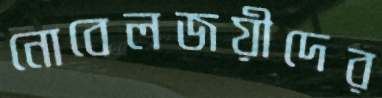
নোবেলজয়ীদের